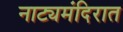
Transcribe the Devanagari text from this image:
नाट्यमंदिरात